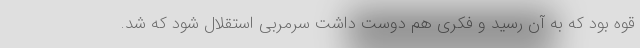
قوه بود که به آن رسید و فکری هم دوست داشت سرمربی استقلال شود که شد.